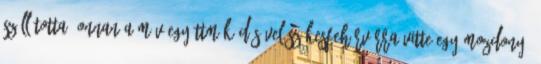
szállította, onnan a MÁV együttműködésével Székesfehérvárra vitte egy mozdony,